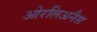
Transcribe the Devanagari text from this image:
ओरलिअनैस